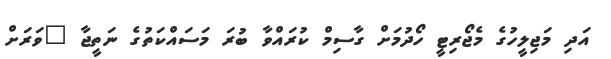
އަދި މަޖިލީހުގެ މެޖޯރިޓީ ހޯދުމަށް ގާސިމް ކުރައްވާ ބުރަ މަސައްކަތުގެ ނަތީޖާ "ވަރަށް